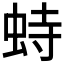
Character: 𫊵